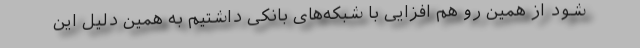
شود از همین رو هم افزایی با شبکه‌های بانکی داشتیم به همین دلیل این